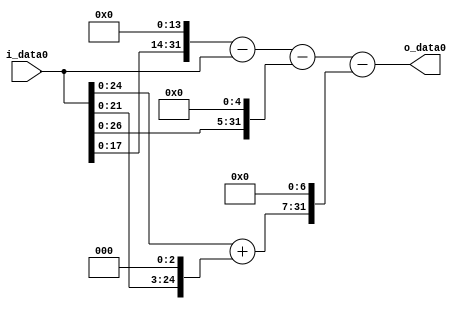
module multiplier_block (
    i_data0,
    o_data0
);

  // Port mode declarations:
  input   [31:0] i_data0;
  output  [31:0]
    o_data0;

  //Multipliers:

  wire [31:0]
    w1,
    w16384,
    w16383,
    w32,
    w16351,
    w8,
    w9,
    w1152,
    w15199;

  assign w1 = i_data0;
  assign w1152 = w9 << 7;
  assign w15199 = w16351 - w1152;
  assign w16351 = w16383 - w32;
  assign w16383 = w16384 - w1;
  assign w16384 = w1 << 14;
  assign w32 = w1 << 5;
  assign w8 = w1 << 3;
  assign w9 = w1 + w8;

  assign o_data0 = w15199;

  //multiplier_block area estimate = 6732.63349485736;
endmodule